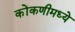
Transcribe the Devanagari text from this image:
कोंकणीमध्ये